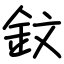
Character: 鈫